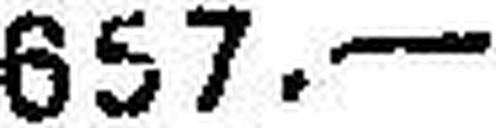
657.—